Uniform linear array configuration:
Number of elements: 12
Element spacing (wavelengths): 0.5
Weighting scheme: blackman
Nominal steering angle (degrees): -60
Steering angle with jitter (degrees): -58.78
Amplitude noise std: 0.05
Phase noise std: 0.05

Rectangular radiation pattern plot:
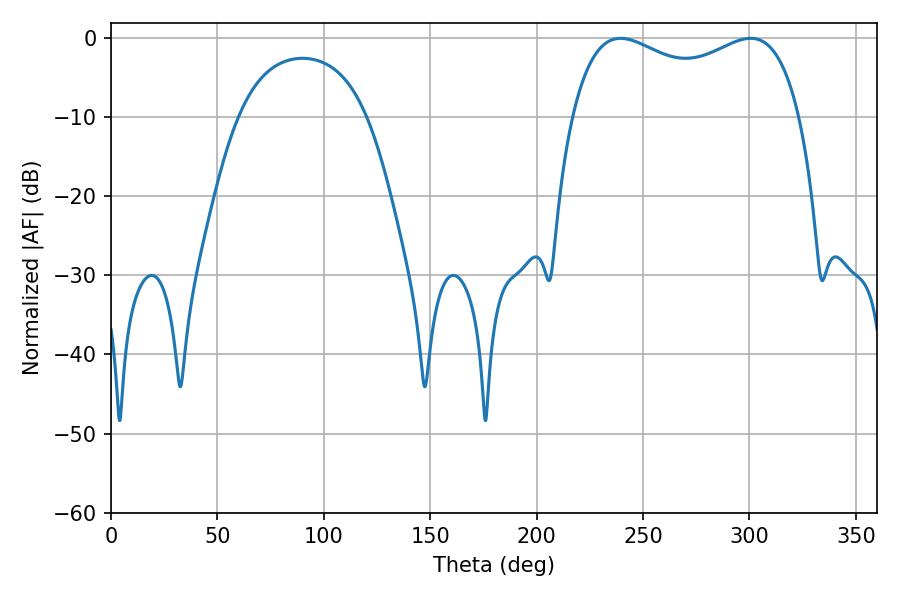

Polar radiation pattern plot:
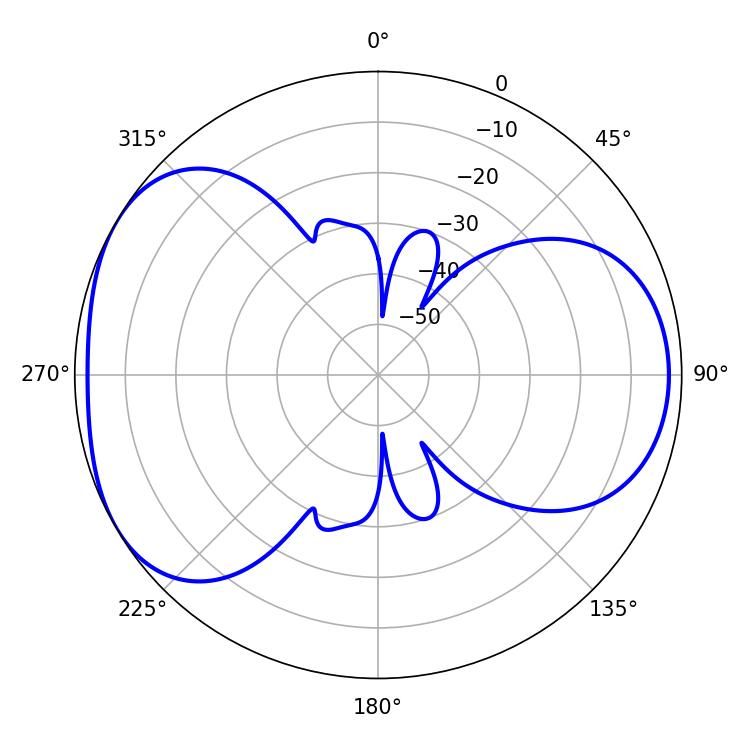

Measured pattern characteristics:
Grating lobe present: FALSE
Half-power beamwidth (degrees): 88.92
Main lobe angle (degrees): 300.6